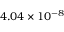
4 . 0 4 \times 1 0 ^ { - 8 }